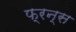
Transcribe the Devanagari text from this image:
फ्रन्स